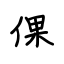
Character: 倮